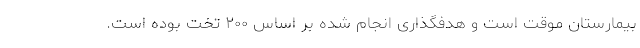
بیمارستان موقت است و هدفگذاری انجام شده بر اساس ۲۰۰ تخت بوده است.